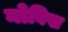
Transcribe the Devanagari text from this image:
नोविख